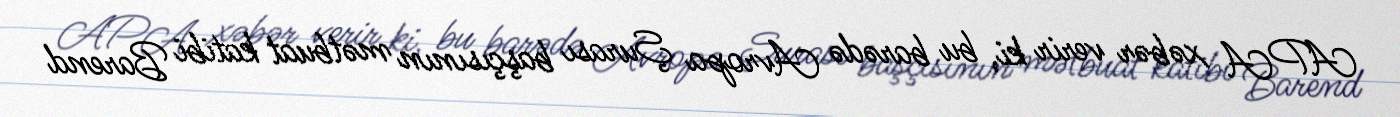
APA xəbər verir ki, bu barədə Avropa Şurası başçısının mətbuat katibi Barend